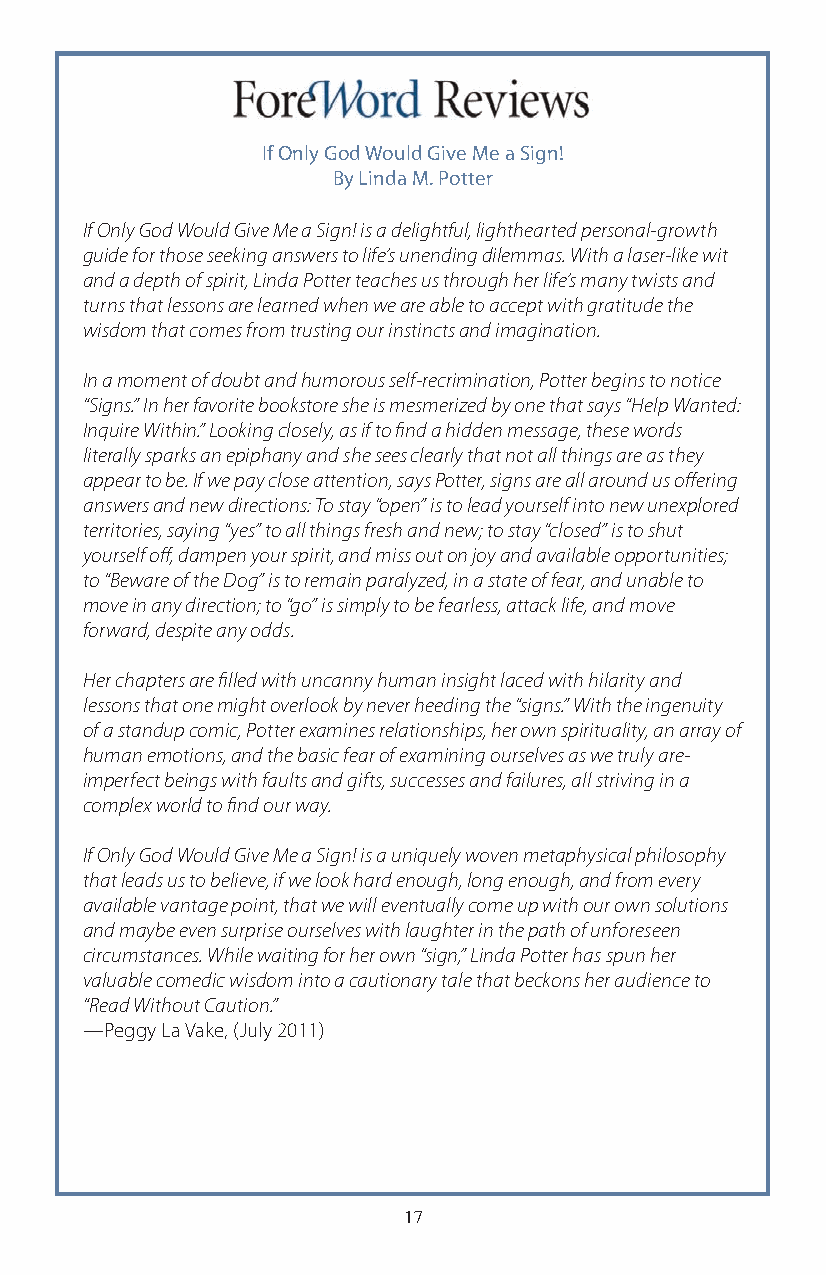
If Only God Would Give Me a Sign!
 By Linda M. Potter
 If Only God Would Give Me a Sign! is a delightful, lighthearted personal-growth
 guide for those seeking answers to life’s unending dilemmas. With a laser-like wit
 and a depth of spirit, Linda Potter teaches us through her life’s many twists and
 turns that lessons are learned when we are able to accept with gratitude the
 wisdom that comes from trusting our instincts and imagination.
 In a moment of doubt and humorous self-recrimination, Potter begins to notice
 “Signs.” In her favorite bookstore she is mesmerized by one that says “Help Wanted:
 Inquire Within.” Looking closely, as if to find a hidden message, these words
 literally sparks an epiphany and she sees clearly that not all things are as they
 appear to be. If we pay close attention, says Potter, signs are all around us offering
 answers and new directions: To stay “open” is to lead yourself into new unexplored
 territories, saying “yes” to all things fresh and new; to stay “closed” is to shut
 yourself off, dampen your spirit, and miss out on joy and available opportunities;
 to “Beware of the Dog” is to remain paralyzed, in a state of fear, and unable to
 move in any direction; to “go” is simply to be fearless, attack life, and move
 forward, despite any odds.
 Her chapters are filled with uncanny human insight laced with hilarity and
 lessons that one might overlook by never heeding the “signs.” With the ingenuity
 of a standup comic, Potter examines relationships, her own spirituality, an array of
 human emotions, and the basic fear of examining ourselves as we truly are-
 imperfect beings with faults and gifts, successes and failures, all striving in a
 complex world to find our way.
 If Only God Would Give Me a Sign! is a uniquely woven metaphysical philosophy
 that leads us to believe, if we look hard enough, long enough, and from every
 available vantage point, that we will eventually come up with our own solutions
 and maybe even surprise ourselves with laughter in the path of unforeseen
 circumstances. While waiting for her own “sign,” Linda Potter has spun her
 valuable comedic wisdom into a cautionary tale that beckons her audience to
 “Read Without Caution.”
 —Peggy La Vake, (July 2011)
 17